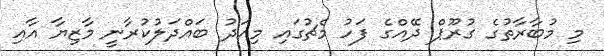
މި މުބާރާތުގެ ގުރޫޕް ދޭއްގެ ފަހު މެޗުގައި މިއަދު ބައްދަލުކުރާނީ މާޒިޔާ އާއި